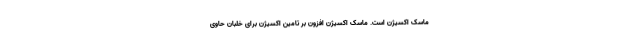
ماسک اکسیژن است. ماسک اکسیژن افزون بر تامین اکسیژن برای خلبان حاوی